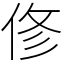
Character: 俢